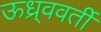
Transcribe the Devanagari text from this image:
ऊध्र्ववर्ती